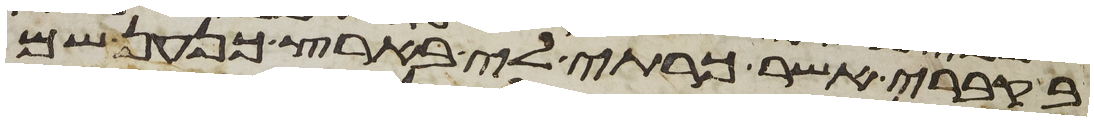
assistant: בקברי אשר כרתי לי בארץ כנען שם